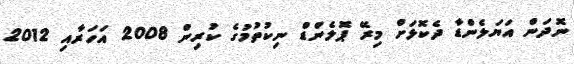
ނޮދަން އަޔަލެންޑާ ދެކޮޅަށް މިރޭ ޕޮލެންޑް ނިކުތުމުގެ ކުރިން 2008 އަހަރާއި 2012